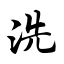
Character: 洗